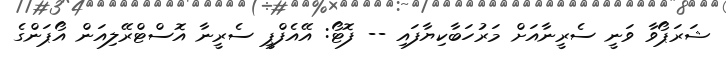
ޝަރަޕޯވާ ވަނީ ސެރީނާއަށް މަރުހަބާކިޔާފައި -- ފޮޓޯ: އޭއެފްޕީ ސެރީނާ އޮސްޓްރޭލިއަން އޯޕަންގެ